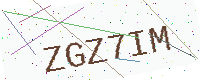
Text: ZGZ7IM